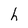
Character: h